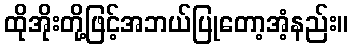
ထိုအိုးတို့ဖြင့်အဘယ်ပြုတော့အံ့နည်း။